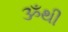
ૐથી